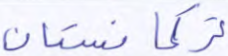
تركمانستان